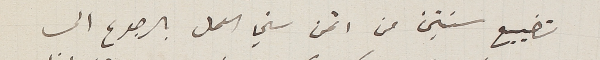
تضييع سنتين من اثمن سني العمل بالرجوع الى